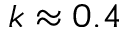
k \approx 0 . 4